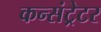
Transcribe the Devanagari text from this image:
कन्संट्रेटर